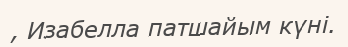
, Изабелла патшайым күні.